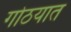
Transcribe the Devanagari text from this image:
गोठयात